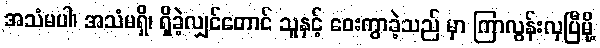
အသံမပါ၊ အသံမရှိ၊ ရှိခဲ့လျှင်တောင် သူနှင့် ဝေးကွာခဲ့သည် မှာ ကြာလွန်းလှပြီမို့